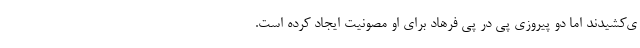
ی‌کشیدند اما دو پیروزی پی در پی فرهاد برای او مصونیت ایجاد کرده است.